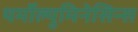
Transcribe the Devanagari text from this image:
थर्मोल्युमिनेसिन्स